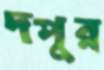
দপুর